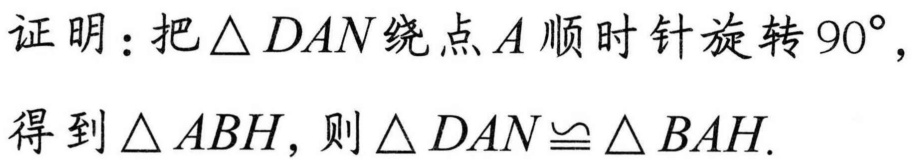
证明：把\(\triangle DAN\)绕点\(A\)顺时针旋转\(90^{\circ}\)，
得到\(\triangle ABH\)，则\(\triangle DAN\cong\triangle BAH\).